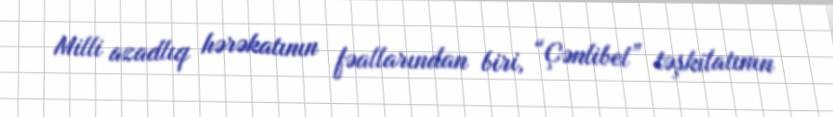
Milli azadlıq hərəkatının fəallarından biri, “Çənlibel” təşkilatının